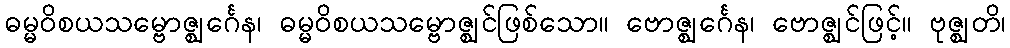
ဓမ္မဝိစယသမ္ဗောဇ္ဈင်္ဂေန၊ ဓမ္မဝိစယသမ္ဗောဇ္ဈင်ဖြစ်သော။ ဗောဇ္ဈင်္ဂေန၊ ဗောဇ္ဈင်ဖြင့်။ ဗုဇ္ဈတိ၊